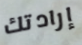
إرادتك